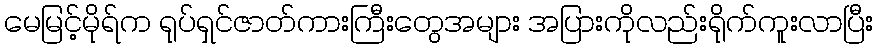
မေမြင့်မိုရ်က ရုပ်ရှင်ဇာတ်ကားကြီးတွေအများ အပြားကိုလည်းရိုက်ကူးလာပြီး